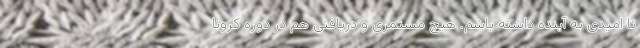
تا امیدی به آینده داشته باشم. هیچ مستمری و دریافتی هم در دوره کرونا